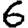
Digit: 6